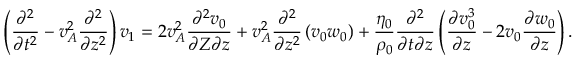
\left( \frac { \partial ^ { 2 } } { \partial t ^ { 2 } } - v _ { A } ^ { 2 } \frac { \partial ^ { 2 } } { \partial z ^ { 2 } } \right) v _ { 1 } = 2 v _ { A } ^ { 2 } \frac { \partial ^ { 2 } v _ { 0 } } { \partial Z \partial z } + v _ { A } ^ { 2 } \frac { \partial ^ { 2 } } { \partial z ^ { 2 } } \left( v _ { 0 } w _ { 0 } \right) + \frac { \eta _ { 0 } } { \rho _ { 0 } } \frac { \partial ^ { 2 } } { \partial t \partial z } \left( \frac { \partial v _ { 0 } ^ { 3 } } { \partial z } - 2 v _ { 0 } \frac { \partial w _ { 0 } } { \partial z } \right) .